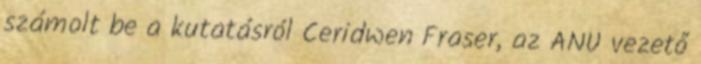
számolt be a kutatásról Ceridwen Fraser, az ANU vezető